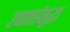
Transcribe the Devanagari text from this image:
उषाताईसुद्धा